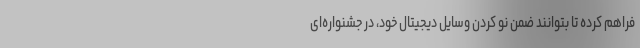
فراهم کرده تا بتوانند ضمن نو کردن وسایل دیجیتال خود، در جشنواره‌ای